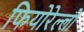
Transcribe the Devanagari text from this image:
फियोरेल्‍लो